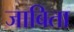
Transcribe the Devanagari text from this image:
जाबिता